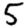
Digit: 5